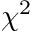
\chi ^ { 2 }